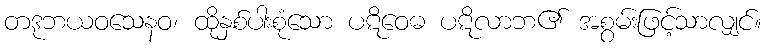
တဒုဘယဝသေနဝ၊ ထိုနှစ်ပါးစုံသော ပဋိဝေဓ ပဋိလာဘ၏ အစွမ်းဖြင့်သာလျှင်။